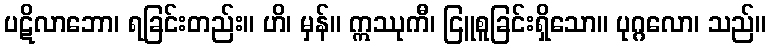
ပဋိလာဘော၊ ရခြင်းတည်း။ ဟိ၊ မှန်။ ဣဿုကီ၊ ငြူစူခြင်းရှိသော။ ပုဂ္ဂလော၊ သည်။